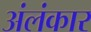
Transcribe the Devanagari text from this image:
अंलंकार